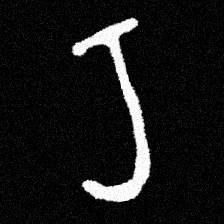
Pyu character \u2014 Myanmar letter: ရ (romanized: ra)